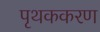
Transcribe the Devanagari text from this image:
पृथककरण